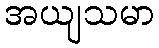
အယျသမာ